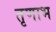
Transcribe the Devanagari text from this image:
तृणाभ